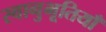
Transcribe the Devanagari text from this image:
स्वानुभूतियाँ